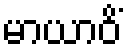
မာယာဝိံ